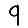
Digit: 9